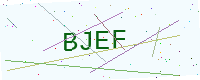
Text: BJEF